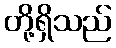
တို့ရှိသည်